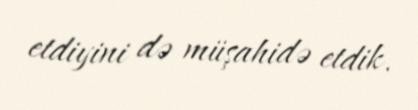
etdiyini də müşahidə etdik.